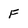
Character: F